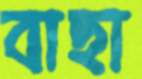
বাছা